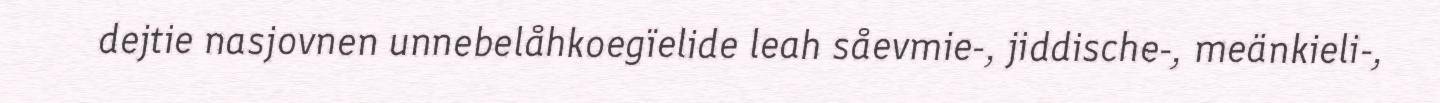
dejtie nasjovnen unnebelåhkoegïelide leah såevmie-, jiddische-, meänkieli-,